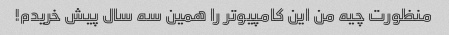
منظورت چیه من این کامپیوتر را همین سه سال پیش خریدم!